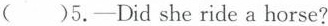
( )5.-Did she ride a horse?